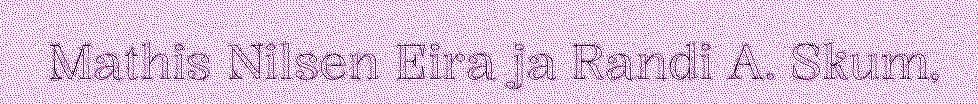
Mathis Nilsen Eira ja Randi A. Skum,